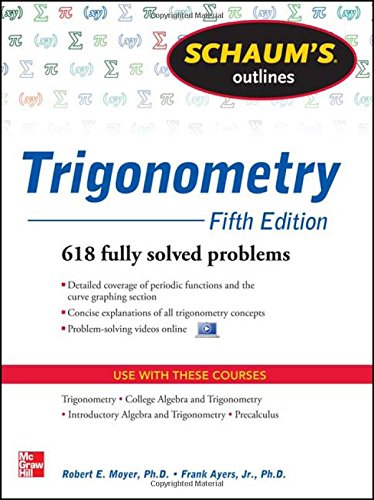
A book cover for Schaum's Outline of Trigonometry, 5th Edition: 618 Solved Problems + 20 Videos (Schaum's Outlines); Robert Moyer; Science & Math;